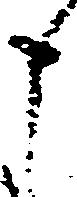
申